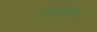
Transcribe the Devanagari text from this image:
बलाहक।